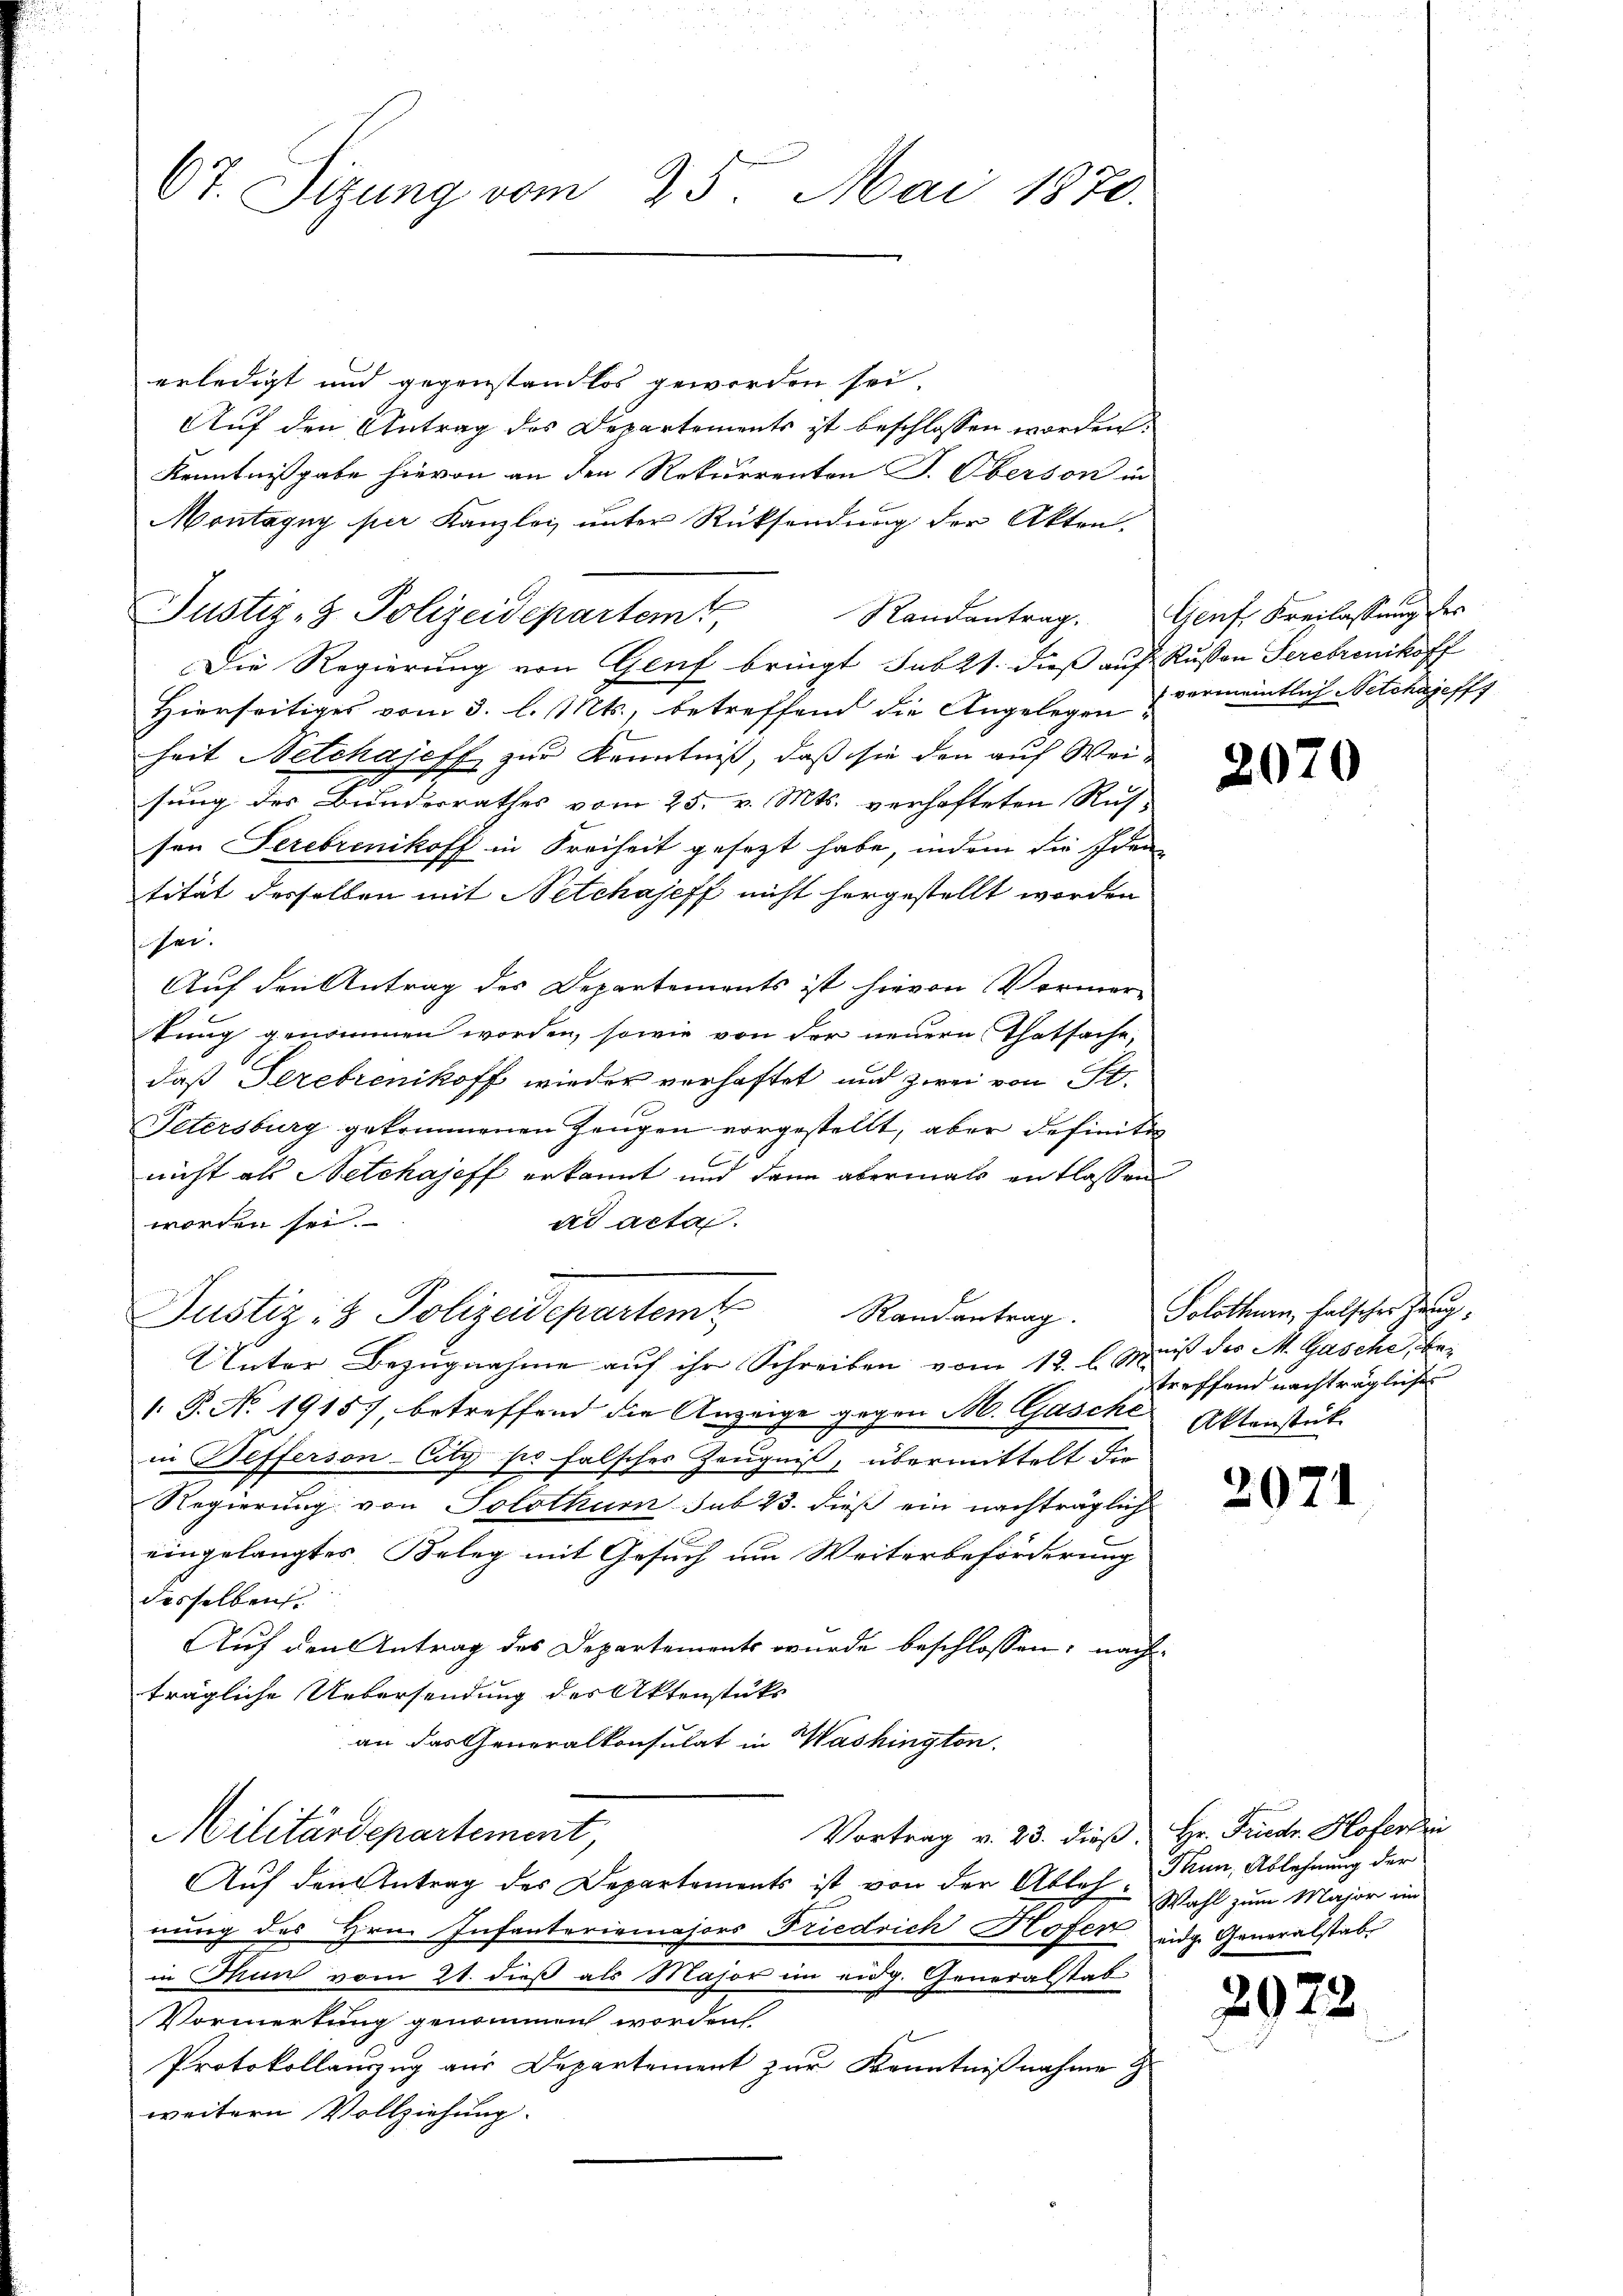
67. Sizung vom 25. Mai 1870.

erledigt und gegenstandlos geworden sei.
Auf den Antrag des Departements ist beschlossen worden.
Kenntnißgabe hievon an den Rekurrenten S. Oberson in
Montagny per Kanzlei unter Rücksendung der Akten.
Justiz- & Polizeidepartemt
Die Regierung von Genf bringt habet dieß auf Russen Serebronikoff
Hierseitiges vom 3. l. Mts., betreffend die Angelegen vermeintlich-Petchajeff
heit Netchajeff zur Kenntniß, daß sie den auf Weisung des Bunderrathes vom 25. v. Mts. verhafteten Ruh
sen Serebrenikoff in Freiheit gesezt habe, indem die Iden
tität desselben mit Setchajeff nicht hergestellt worden
iser.
Auf den Antrag des Departements ist hievon Vormerkung genommen worden, sowie von der neuern Thatsache,
daß Perebrenikoff wieder verhaftet und zwei von P.
Petersburg gekommenen Zeugen vorgestellt, aber definiti
nicht als Netchajeff erkannt und dann abermals entlassen
worden sei.
ad acta.
Justiz- & Polizeidepartem Randantrag.
Unter Bezugnahme auf ihr Schreiben vom 12. l. Muß der M. Gasche, be¬
 P. No 19157, betreffend die Anzeige gegen M. Gasche Aktenstät
in Befferson-City po falsches Zeugniß, übermittelt die
Regierung von Solothur sub 23. dieß ein nachträglich
eingelangtes Beleg mit Gesuch um Weiterbeförderung
desselben
Auf den Antrag des Departements wurde beschlossen; nach
trägliche Uebersendung des Aktenstüks
an das Generalkonsulat in Washington.
Vortrag v. 23. dieß Hr. Friedr. Hoferti
Militärdepartement,
Auf den Antrag des Departements ist von der Ableh. Wahl zum Major und
nung des Hrn. Infanteriemajors Friedrich Hofer eidg. Generalstab
in Thun vom 21. dieß als Major im eidg. Generalstab
Vormerkung genommen worden
Protokollauszug aus Departement zur Kenntnißnahme
weitern Vollziehung.

Randantrag. Genf Kreilassung des

2070

Solothurn, falscher Zeugtreffend nachträgliche

2071

Thun, Ablehnung der

20